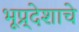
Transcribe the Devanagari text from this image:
भूप्र्देशाचे